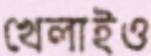
খেলাইও